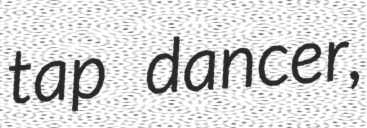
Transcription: tap dancer,